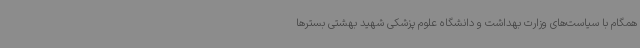
همگام با سیاست‌های وزارت بهداشت و دانشگاه علوم پزشکی شهید بهشتی بسترها